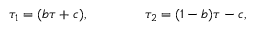
\tau _ { 1 } = ( b \tau + c ) , \qquad \qquad \tau _ { 2 } = ( 1 - b ) \tau - c ,